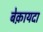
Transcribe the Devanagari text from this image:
बेक़ायदा